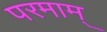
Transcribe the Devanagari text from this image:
परमाम्